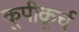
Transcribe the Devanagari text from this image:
कूपीकूर्च